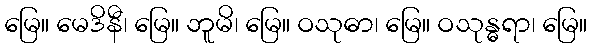
မြေ။ မေဒိနီ၊ မြေ။ ဘူမိ၊ မြေ။ ဝသုဓာ၊ မြေ။ ဝသုန္ဓရာ၊ မြေ။